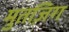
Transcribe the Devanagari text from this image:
मुतज़िग